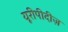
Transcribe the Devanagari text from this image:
यूरीपीदीज़